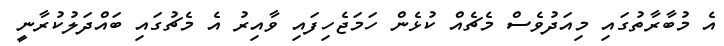
އެ މުބާރާތުގައި މިއަދުވެސް މެޗެއް ކުޅެން ހަމަޖެހިފައި ވާއިރު އެ މެޗުގައި ބައްދަލުކުރާނީ